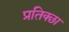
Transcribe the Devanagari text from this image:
प्रतिक्छा